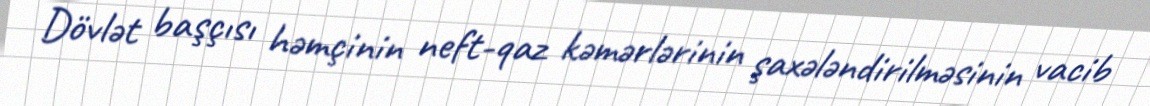
Dövlət başçısı həmçinin neft-qaz kəmərlərinin şaxələndirilməsinin vacib